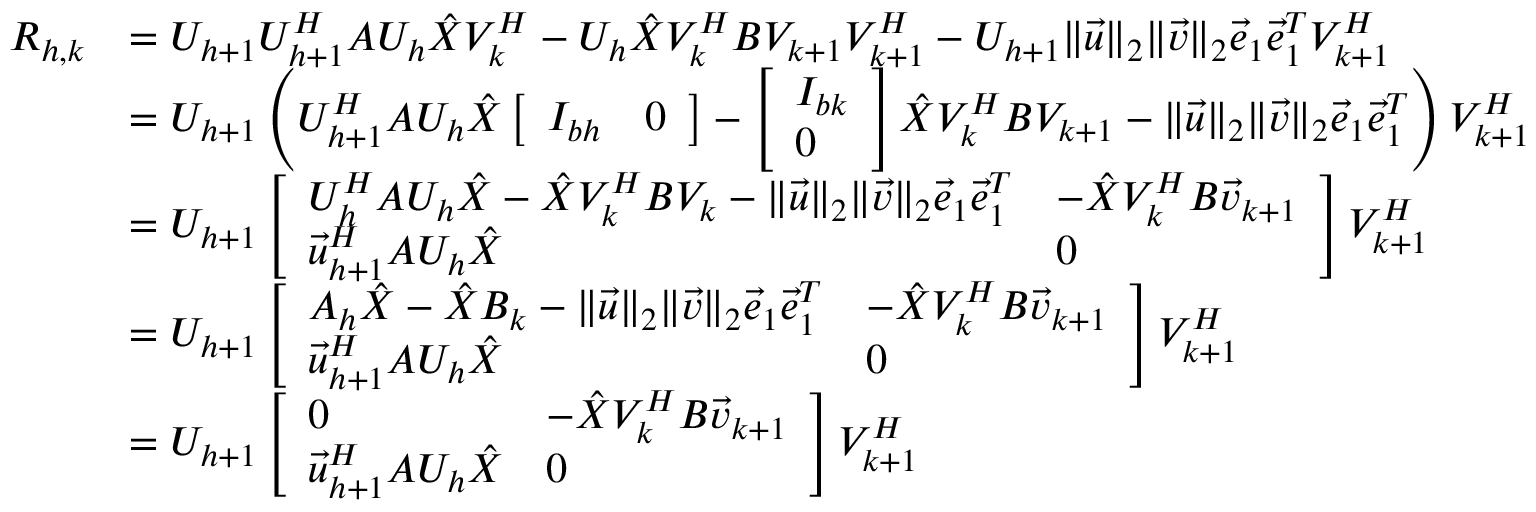
\begin{array} { r l } { R _ { h , k } } & { = U _ { h + 1 } U _ { h + 1 } ^ { H } A U _ { h } \hat { X } V _ { k } ^ { H } - U _ { h } \hat { X } V _ { k } ^ { H } B V _ { k + 1 } V _ { k + 1 } ^ { H } - U _ { h + 1 } \lVert \vec { u } \rVert _ { 2 } \lVert \vec { v } \rVert _ { 2 } \vec { e } _ { 1 } \vec { e } _ { 1 } ^ { T } V _ { k + 1 } ^ { H } } \\ & { = U _ { h + 1 } \left( U _ { h + 1 } ^ { H } A U _ { h } \hat { X } \left[ \begin{array} { l l } { I _ { b h } } & { 0 } \end{array} \right] - \left[ \begin{array} { l } { I _ { b k } } \\ { 0 } \end{array} \right] \hat { X } V _ { k } ^ { H } B V _ { k + 1 } - \lVert \vec { u } \rVert _ { 2 } \lVert \vec { v } \rVert _ { 2 } \vec { e } _ { 1 } \vec { e } _ { 1 } ^ { T } \right) V _ { k + 1 } ^ { H } } \\ & { = U _ { h + 1 } \left[ \begin{array} { l l } { U _ { h } ^ { H } A U _ { h } \hat { X } - \hat { X } V _ { k } ^ { H } B V _ { k } - \lVert \vec { u } \rVert _ { 2 } \lVert \vec { v } \rVert _ { 2 } \vec { e } _ { 1 } \vec { e } _ { 1 } ^ { T } } & { - \hat { X } V _ { k } ^ { H } B \vec { v } _ { k + 1 } } \\ { \vec { u } _ { h + 1 } ^ { H } A U _ { h } \hat { X } } & { 0 } \end{array} \right] V _ { k + 1 } ^ { H } } \\ & { = U _ { h + 1 } \left[ \begin{array} { l l } { A _ { h } \hat { X } - \hat { X } B _ { k } - \lVert \vec { u } \rVert _ { 2 } \lVert \vec { v } \rVert _ { 2 } \vec { e } _ { 1 } \vec { e } _ { 1 } ^ { T } } & { - \hat { X } V _ { k } ^ { H } B \vec { v } _ { k + 1 } } \\ { \vec { u } _ { h + 1 } ^ { H } A U _ { h } \hat { X } } & { 0 } \end{array} \right] V _ { k + 1 } ^ { H } } \\ & { = U _ { h + 1 } \left[ \begin{array} { l l } { 0 } & { - \hat { X } V _ { k } ^ { H } B \vec { v } _ { k + 1 } } \\ { \vec { u } _ { h + 1 } ^ { H } A U _ { h } \hat { X } } & { 0 } \end{array} \right] V _ { k + 1 } ^ { H } } \end{array}